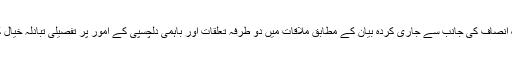
تحریک انصاف کی جانب سے جاری کردہ بیان کے مطابق ملاقات میں دو طرفہ تعلقات اور باہمی دلچسپی کے امور پر تفصیلی تبادلہ خیال کیا گیا ۔